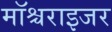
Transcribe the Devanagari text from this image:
मॉश्चराइजर